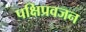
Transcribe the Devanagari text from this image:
पक्षिप्रवजन